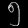
Digit: ၅